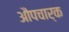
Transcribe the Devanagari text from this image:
औपचार्क